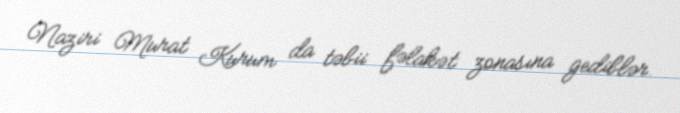
Naziri Murat Kurum da təbii fəlakət zonasına gediblər.